Civil Veterinary Department ledger series I-VI
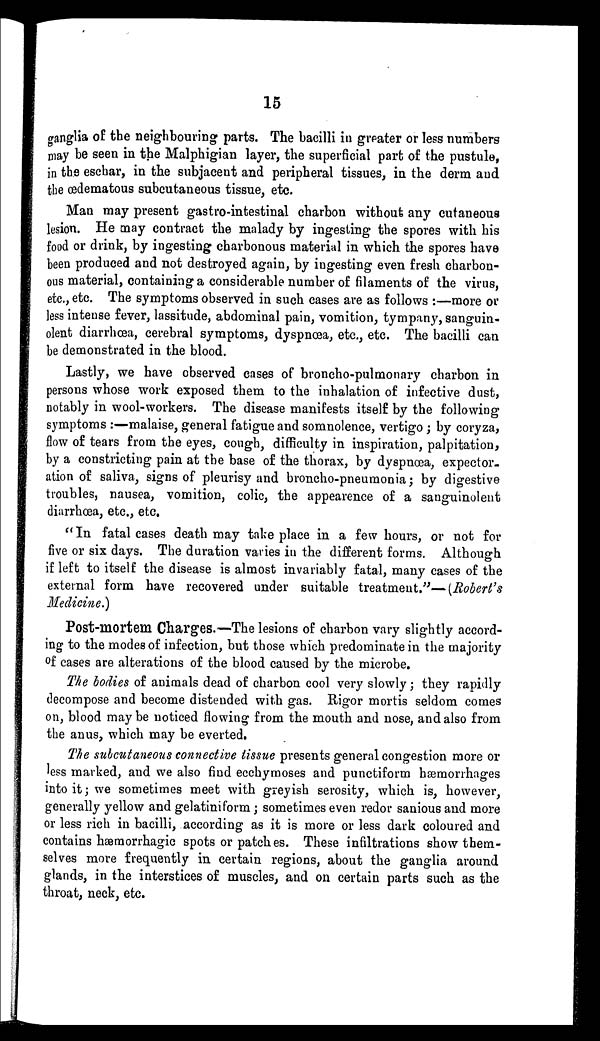
15
ganglia of the neighbouring parts. The bacilli in greater or less numbers
may be seen in the Malphigian layer, the superficial part of the pustule,
in the eschar, in the subjacent and peripheral tissues, in the derm and
the œdematous subcutaneous tissue, etc.
Man may present gastro-intestinal charbon without any cutaneous
lesion. He may contract the malady by ingesting the spores with his
food or drink, by ingesting charbonous material in which the spores have
been produced and not destroyed again, by ingesting even fresh charbon-
ous material, containing a considerable number of filaments of the virus,
etc., etc. The symptoms observed in such cases are as follows:—more or
less intense fever, lassitude, abdominal pain, vomition, tympany, sanguin-
olent diarrhœa, cerebral symptoms, dyspnœa, etc., etc. The bacilli can
be demonstrated in the blood.
Lastly, we have observed cases of broncho-pulmonary charbon in
persons whose work exposed them to the inhalation of infective dust,
notably in wool-workers. The disease manifests itself by the following
symptoms:—malaise, general fatigue and somnolence, vertigo; by coryza,
flow of tears from the eyes, cough, difficulty in inspiration, palpitation,
by a constricting pain at the base of the thorax, by dyspnœa, expector-
ation of saliva, signs of pleurisy and broncho-pneumonia; by digestive
troubles, nausea, vomition, colic, the appearence of a sanguinolent
diarrhœa, etc., etc.
"In fatal cases death may take place in a few hours, or not for
five or six days. The duration varies in the different forms. Although
if left to itself the disease is almost invariably fatal, many cases of the
external form have recovered under suitable treatment."—(Robert's
Medicine.)
Post-mortem Charges.—The lesions of charbon vary slightly accord-
ing to the modes of infection, but those which predominate in the majority
of cases are alterations of the blood caused by the microbe.
The bodies of animals dead of charbon cool very slowly; they rapidly
decompose and become distended with gas. Rigor mortis seldom comes
on, blood may be noticed flowing from the mouth and nose, and also from
the anus, which may be everted.
The subcutaneous connective tissue presents general congestion more or
less marked, and we also find ecehymoses and punctiform hæmorrhages
into it; we sometimes meet with greyish serosity, which is, however,
generally yellow and gelatiniform; sometimes even redor sanious and more
or less rich in bacilli, according as it is more or less dark coloured and
contains hæmorrhagic spots or patches. These infiltrations show them-
selves more frequently in certain regions, about the ganglia around
glands, in the interstices of muscles, and on certain parts such as the
throat, neck, etc.